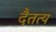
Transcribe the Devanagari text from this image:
दैतत्य